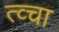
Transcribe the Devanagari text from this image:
त्व्चा